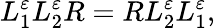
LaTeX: L_{1}^{\varepsilon}L_{2}^{\varepsilon}R=RL_{2}^{\varepsilon}L_{1}^{\varepsilon},